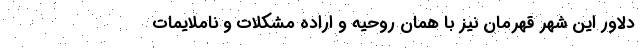
دلاور این شهر قهرمان نیز با همان روحیه و اراده مشکلات و ناملایمات